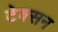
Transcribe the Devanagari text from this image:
टेक्सन